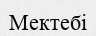
Мектебі